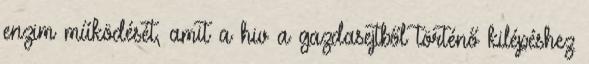
enzim működését, amit a hiv a gazdasejtből történő kilépéshez